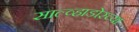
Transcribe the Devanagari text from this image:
साल्व्हाडोरच्या